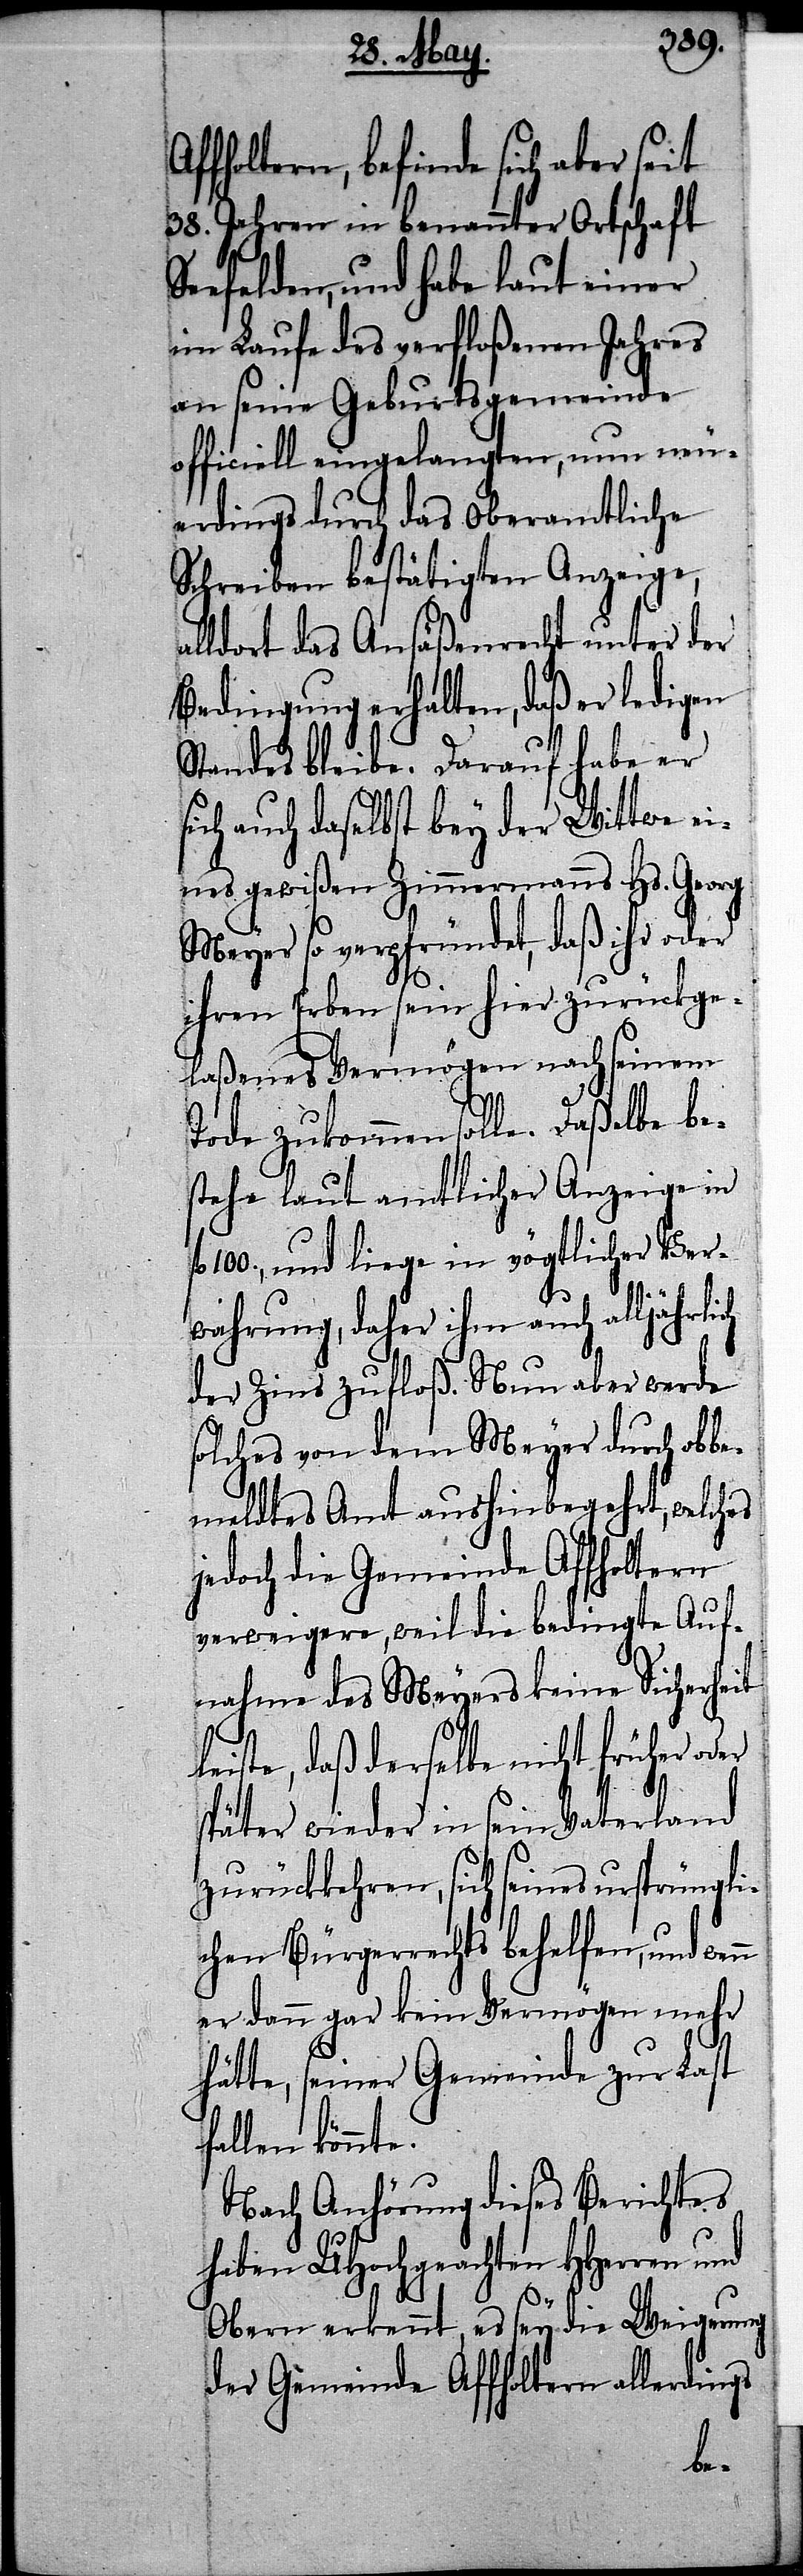
ffholtern, befinde sich aber seit
38. Jahren in benannter Ortschaft
Seefelden, und habe laut einer
im Laufe des verfloßenen Jahres
an seine Geburtsgemeinde
officiell eingelangten, nun neu¬
erdings durch das oberamtliche
Schreiben bestätigten Anzeige,
ldort das Ansäßenrecht unter der
Bedingung erhalten, daß er ledigen
Standes bleibe. Darauf habe er
ch auch daselbst bey der Wittwe ei¬
nes gewißen Zimmermanns Hs. Georg
Meyer so verpfründet, daß ihr oder
ihren Erben sein hier zurückge¬
laßenes Vermögen nach seinem
Tode zukommen solle. Daßelbe be¬
stehe laut amtlicher Anzeige in
100., und liege in vögtlicher Ver¬
wahrung, daher ihm auch alljährlich
der Zins zufloß. Nun aber werde
solches von dem Meyer durch obbe¬
meldtes Amt aushinbegehrt, welches
jedoch die Gemeinde Affholtern
verweigere, weil die bedingte Auf¬
nahme des Meyers keine Sicherheit
leiste, daß derselbe nicht früher oder
später wieder in sein Vaterland
zurückkehren, sich seines ursprüngli¬
chen Bürgerrechts behelfen, und
er dann gar kein Vermögen mehr
hätte, seiner Gemeinde zur Last
fallen könn¬
Nach Anhörung dieses Berichtes
haben UHochgeachten HHerren und
Obern erkennt, es sey die Weigerung
der Gemeinde Affholtern allerdings
te.